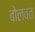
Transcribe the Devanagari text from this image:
बोलवत